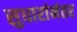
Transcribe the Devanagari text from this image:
सुधारांनंतर